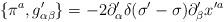
LaTeX: \begin{align*}\{\pi^a,g^{\prime}_{\alpha\beta}\}=-2\partial^{\prime}_\alpha\delta(\sigma^{\prime}-\sigma)\partial^{\prime}_\beta x^{\prime a}\end{align*}